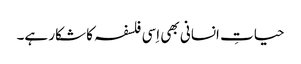
حیاتِ انسانی بھی اِسی فلسفہ کا شکار ہے۔